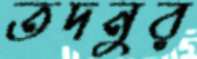
তদনুর